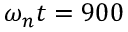
\omega _ { n } t = 9 0 0